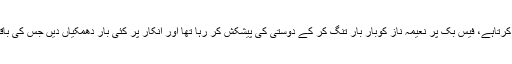
بتایا جاتا ہے کہ ملزم شاہ فہد جو سعودی عرب میں روزگار کرتاہے، فیس بک پر نعیمہ ناز کوبار بار تنگ کر کے دوستی کی پیشکش کر رہا تھا اور انکار پر کئی بار دھمکیاں دیں جس کی باقاعدہ گزشتہ ماہ تھانہ شیرگڑھ میں رپورٹ درج کی گئی ہے۔